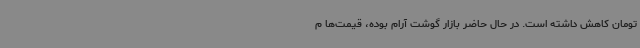
تومان کاهش داشته است. در حال حاضر بازار گوشت آرام بوده، قیمت‌ها م